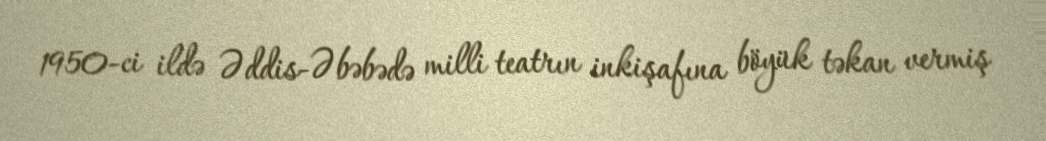
1950-ci ildə Əddis-Əbəbədə milli teatrın inkişafına böyük təkan vermiş